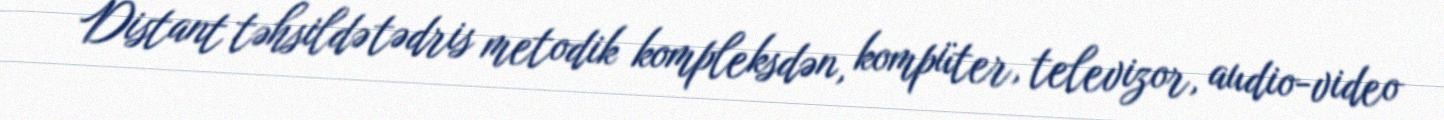
Distant təhsildə tədris metodik kompleksdən, kompüter, televizor, audio-video